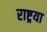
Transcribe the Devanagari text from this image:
राष्ट्रया